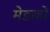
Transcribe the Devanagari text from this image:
मेडको